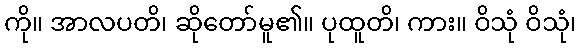
ကို။ အာလပတိ၊ ဆိုတော်မူ၏။ ပုထူတိ၊ ကား။ ဝိသုံ ဝိသုံ၊